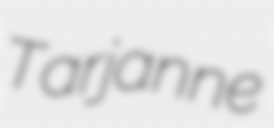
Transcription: Tarjanne